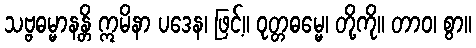
သဗ္ဗဓမ္မာနန္တိ ဣမိနာ ပဒေန၊ ဖြင့်။ ဝုတ္တဓမ္မေ၊ တို့ကို။ တာဝ၊ စွာ။